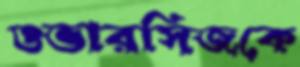
ওভারসিজকে